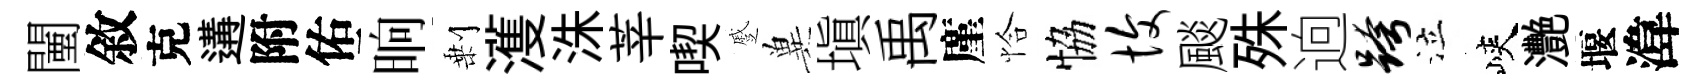
闉敘克遘附佑晌剰濩洙莘喫蹙兾塡禹廑恰恊愎颷殊逈跨泣峽灧堰湋